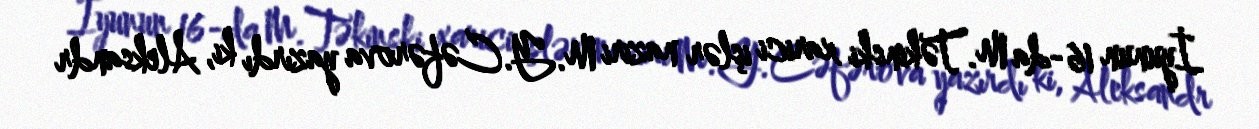
İyunun 16-da M.Təkinski xarici işlər naziri M.Y.Cəfərova yazırdı ki, Aleksandr